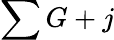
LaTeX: \sum G+j